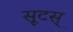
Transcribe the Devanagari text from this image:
सूटस्